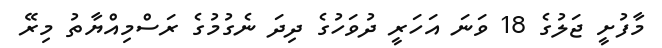
މާފުށީ ޖަލުގެ 18 ވަނަ އަހަރީ ދުވަހުގެ ދިދަ ނެގުމުގެ ރަސްމިއްޔާތު މިރޭ